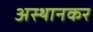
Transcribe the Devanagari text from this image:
अस्थानकर